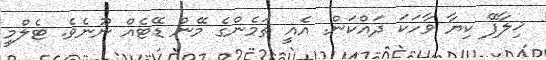
ޚިލާފޭ ކިޔާ ވާހަކަ ދައްކަން. އެއީ ތަމެންގެ މޭން ޑޭޓެއް ނޫނެވެ. ޓެލްމީ